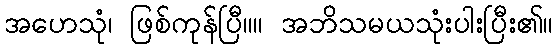
အဟေသုံ၊ ဖြစ်ကုန်ပြီ။။ အဘိသမယသုံးပါးပြီး၏။